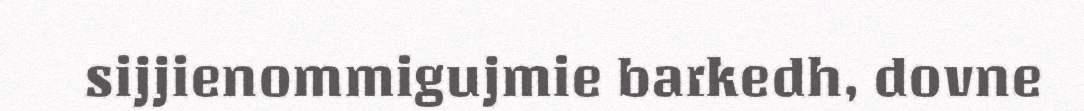
sijjienommigujmie barkedh, dovne